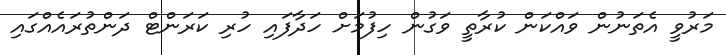
މަރުވީ އެތަނުން ވައްކަން ކުރާތީ ވަގުން ހިފުމަށް ހަދާފައި ހުރި ކަރަންޓް ދަންތުރައެއްގައި